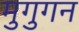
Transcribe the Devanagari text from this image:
मुगुगन